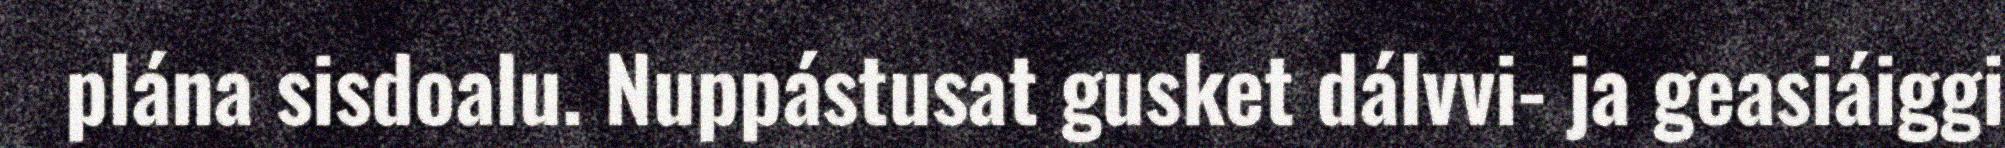
plána sisdoalu. Nuppástusat gusket dálvvi- ja geasiáiggi